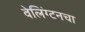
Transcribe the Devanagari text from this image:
वेलिंग्टनचा